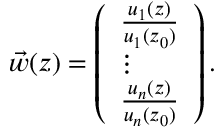
\vec { w } ( z ) = \left( \begin{array} { l } { \frac { u _ { 1 } ( z ) } { u _ { 1 } ( z _ { 0 } ) } } \\ { \vdots } \\ { \frac { u _ { n } ( z ) } { u _ { n } ( z _ { 0 } ) } } \end{array} \right) .